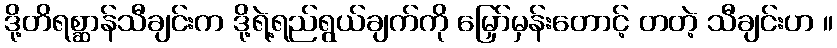
ဒို့တိရစ္ဆာန်သီချင်းက ဒို့ရဲ့ရည်ရွယ်ချက်ကို မြှော်မှန်းတောင့် တတဲ့ သီချင်းဟ ။